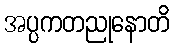
အပ္ပကတညုနောတိ